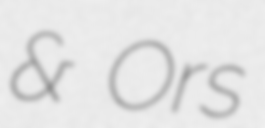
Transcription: & Ors